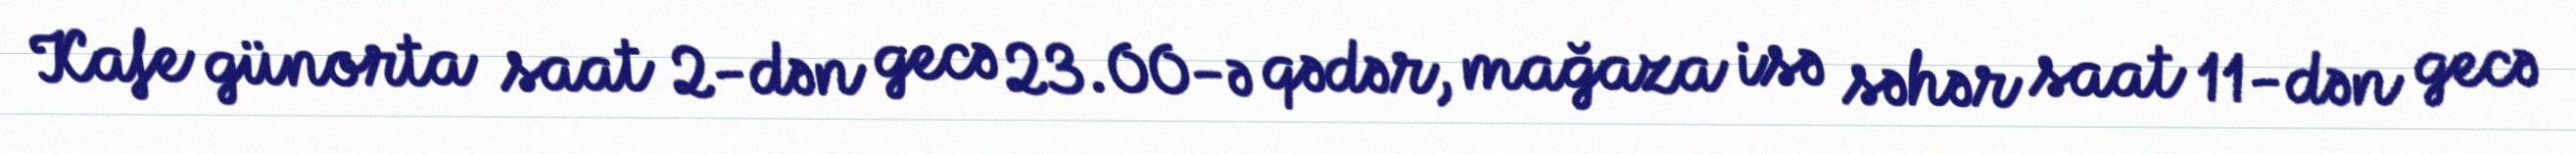
Kafe günorta saat 2-dən gecə 23.00-ə qədər, mağaza isə səhər saat 11-dən gecə